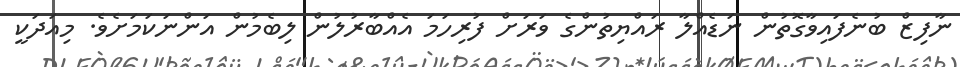
ނާފިޒް ބުނެފައިވާގޮތުން ނަޑެއްލާ ރައްޔިތުންގެ ވަރަށް ފުރިހަމަ އެއްބާރުލުން ލިބެމުން އަންނަކަމަށެވެ. މިއަދަކީ